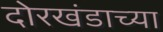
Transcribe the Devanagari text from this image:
दोरखंडाच्या